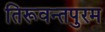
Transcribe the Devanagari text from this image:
तिरूवन्तपुरम